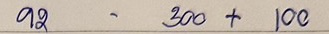
92 - 300 + 100